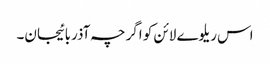
اس ریلوے لائن کو اگرچہ آذربائیجان۔